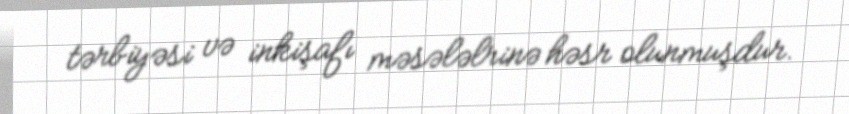
tərbiyəsi və inkişafı məsələlrinə həsr olunmuşdur.